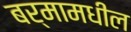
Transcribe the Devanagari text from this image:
बर्मामधील